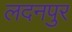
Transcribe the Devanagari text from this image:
लदनपुर